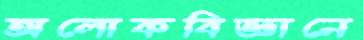
অলোকবিজ্ঞানে